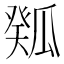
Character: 𤬉